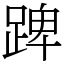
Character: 䠋